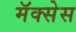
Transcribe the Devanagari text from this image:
मॅक्सेस